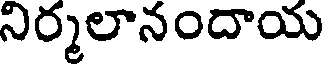
నిర్మలానందాయ